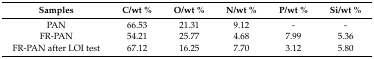
<table><thead><tr><td><b>Samples</b></td><td><b>C/wt %</b></td><td><b>O/wt %</b></td><td><b>N/wt %</b></td><td><b>P/wt %</b></td><td><b>Si/wt %</b></td></tr></thead><tbody><tr><td>PAN</td><td>66.53</td><td>21.31</td><td>9.12</td><td>-</td><td>-</td></tr><tr><td>FR-PAN</td><td>54.21</td><td>25.77</td><td>4.68</td><td>7.99</td><td>5.36</td></tr><tr><td>FR-PAN after LOI test</td><td>67.12</td><td>16.25</td><td>7.70</td><td>3.12</td><td>5.80</td></tr></tbody></table>